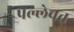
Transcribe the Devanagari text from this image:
पल्लेवत्त